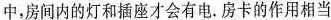
中，房间内的灯和插座才会有电。房卡的作用相当